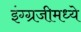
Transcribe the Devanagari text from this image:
इंग्ग्रजीमध्ये